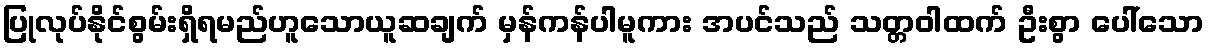
ပြုလုပ်နိုင်စွမ်းရှိရမည်ဟူသောယူဆချက် မှန်ကန်ပါမူကား အပင်သည် သတ္တဝါထက် ဦးစွာ ပေါ်သော